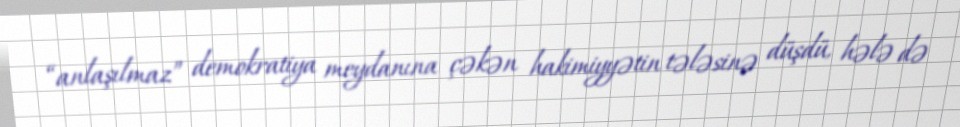
“anlaşılmaz” demokratiya meydanına çəkən hakimiyyətin tələsinə düşdü, hələ də